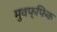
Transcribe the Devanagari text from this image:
मुवफ्फिक